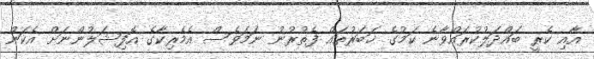
އާއި ކެރީ ބައްދަލުކުރައްވާނެ ކަމުގެ ޚަބަރުތައް ފެތުރުނު ނަމަވެސް އެމެރިކާގެ އޮފިޝަލުންނަށް އެކަން